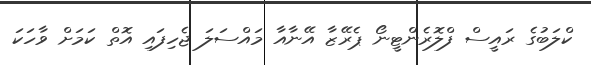
ކްލަބުގެ ރައީސް ފްލޮރެންޓީނޯ ޕެރޭޒާ އޭނާއާ މައްސަލަ ޖެހިފައި އޮތް ކަމަށް ވާހަކަ